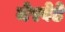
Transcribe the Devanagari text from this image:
मेरवेडे